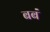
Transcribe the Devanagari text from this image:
बबं